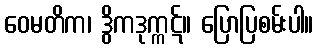
ဝေမတိက၊ ဒွိကဒုက္ကဋ်။ ပြောပြစမ်းပါ။